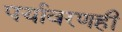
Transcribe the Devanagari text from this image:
पर्यावरणही